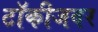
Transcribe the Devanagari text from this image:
टॉकीजवर